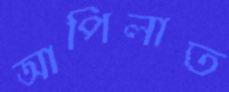
আপিলাত